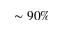
\sim 9 0 \%